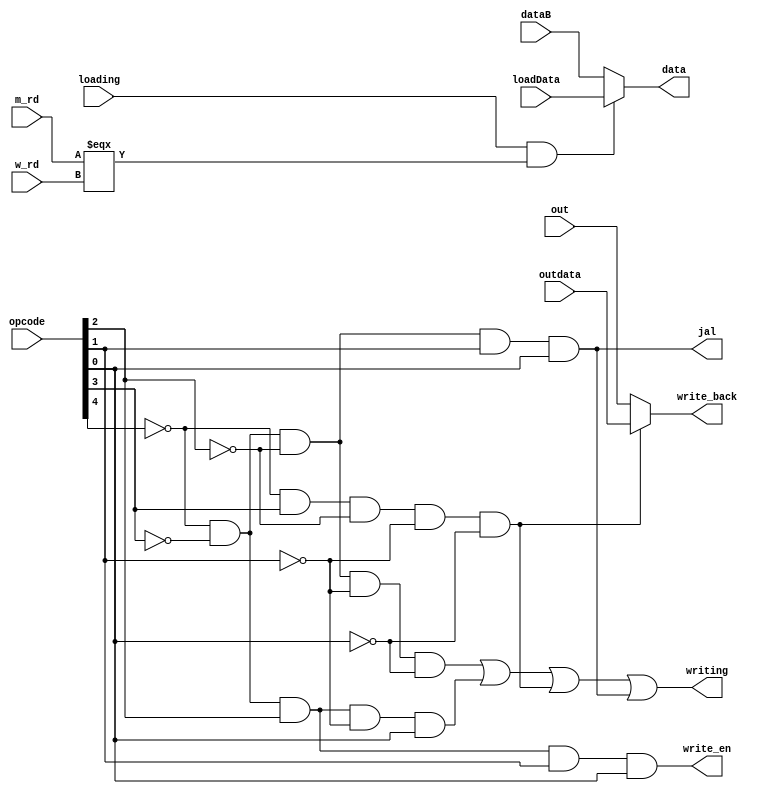
module m_control(write_en, data, writing, write_back, jal, opcode, dataB, loading, loadData, m_rd, w_rd, out, outdata);
        
    input loading;
    input[4:0] opcode, m_rd, w_rd;
    input[31:0] dataB, loadData, out, outdata;

    output write_en, writing, jal;
    output[31:0] data, write_back;

    wire is_add, is_addi, is_lw, is_jal;

    assign write_en = ~opcode[4] && ~opcode[3] && opcode[2] && opcode[1] && opcode[0];

    assign is_add = ~opcode[4] && ~opcode[3] && ~opcode[2] && ~opcode[1] && ~opcode[0];
    assign is_addi = ~opcode[4] && ~opcode[3] && opcode[2] && ~opcode[1] && opcode[0];
    assign is_lw = ~opcode[4] && opcode[3] && ~opcode[2] && ~opcode[1] && ~opcode[0];

    assign writing = is_add || is_addi || is_lw || is_jal;
    assign data = loading && (m_rd === w_rd) ? loadData : dataB;

    assign write_back = is_lw ? outdata : out;

    assign jal = ~opcode[4] && ~opcode[3] && ~opcode[2] && opcode[1] && opcode[0];
    assign is_jal = ~opcode[4] && ~opcode[3] && ~opcode[2] && opcode[1] && opcode[0];

endmodule